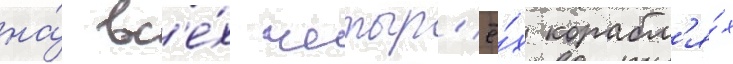
на́ вс'е́х четыр'ё́х корабл'я́х